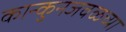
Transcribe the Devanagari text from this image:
कान्कुनजवळच्या